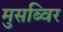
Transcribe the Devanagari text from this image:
मुसब्विर